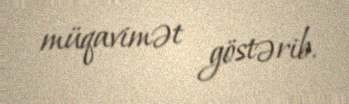
müqavimət göstərib.